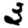
Digit: 3